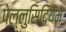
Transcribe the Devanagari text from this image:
पेल्लुसिदियम